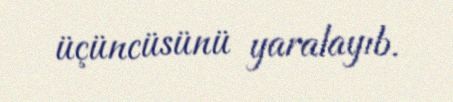
üçüncüsünü yaralayıb.